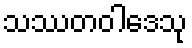
သဿတဝါဒေသု